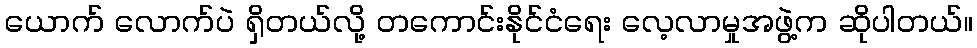
ယောက် လောက်ပဲ ရှိတယ်လို့ တကောင်းနိုင်ငံရေး လေ့လာမှုအဖွဲ့က ဆိုပါတယ်။